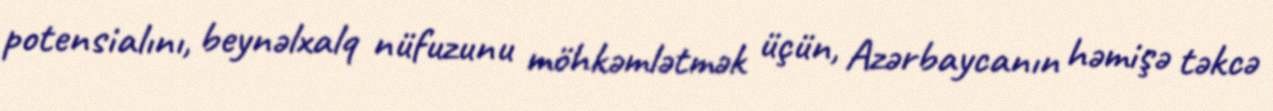
potensialını, beynəlxalq nüfuzunu möhkəmlətmək üçün, Azərbaycanın həmişə təkcə